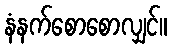
နံနက်စောစောလျှင်။